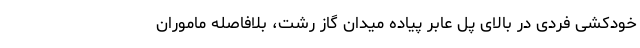
خودکشی فردی در بالای پل عابر پیاده میدان گاز رشت، بلافاصله ماموران